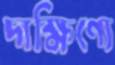
দাক্ষিণ্যে